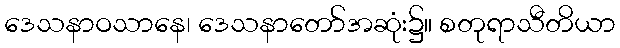
ဒေသနာဝသာနေ၊ ဒေသနာတော်အဆုံး၌။ စတုရာသီတိယာ